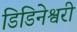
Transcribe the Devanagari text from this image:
डिडिनेश्वरी